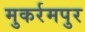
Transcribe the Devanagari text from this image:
मुकर्रमपुर